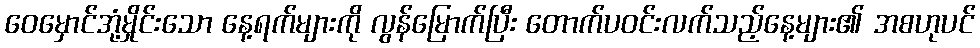
ဝေမှောင်အုံ့မှိုင်းသော နေ့ရက်များကို လွန်မြောက်ပြီး တောက်ပဝင်းလက်သည့်နေ့များ၏ အစဟုပင်